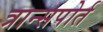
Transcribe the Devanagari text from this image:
त्रान्सपोर्त